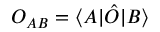
O _ { A B } = \langle A | \hat { O } | B \rangle